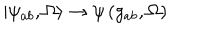
LaTeX: \left| \psi _ { a b } , \Omega \right. \rangle \rightarrow \psi \left( g _ { a b } , \Omega \right)